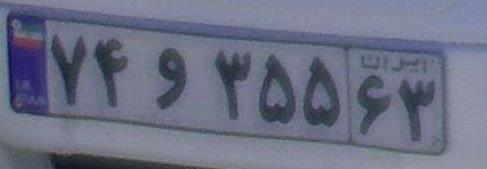
۷۴و۳۵۵۶۳